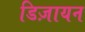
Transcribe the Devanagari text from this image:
डिज़ायन